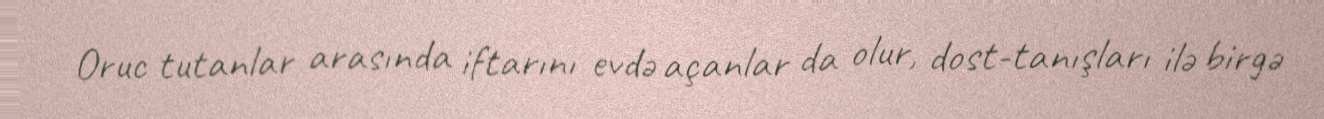
Oruc tutanlar arasında iftarını evdə açanlar da olur, dost-tanışları ilə birgə